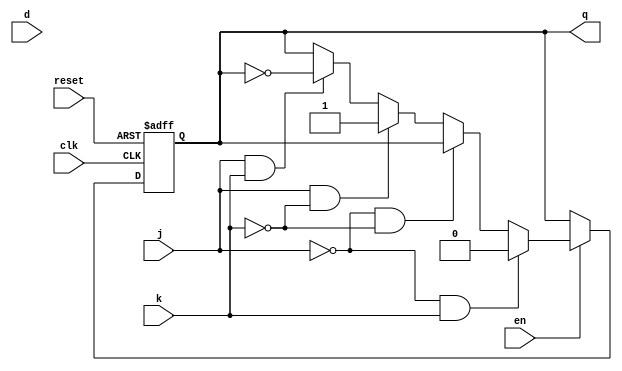
`timescale 1ns / 1ps


module jkff(q, clk, j, k,  d, reset, en);
        
        input clk, en, d, reset, j, k;
        output reg q;
        
        always@(posedge clk, posedge reset)
        begin 
        q<=d;
        if(reset)
        q<=1'b0;
        else if (en==1'b0)
        q<=q;
        else if (j==1'b0 & k==1'b1)
        q<=0;
        else if (j==1'b0 & k==1'b0)
                q<=q;
        else if (j==1'b1 & k==1'b0)
                q<=1;
        else if (j==1'b1 & k==1'b1)
                q<=~q  ;  
         
        else
        q<=q;
        end
endmodule